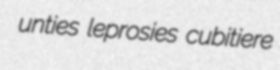
unties leprosies cubitiere